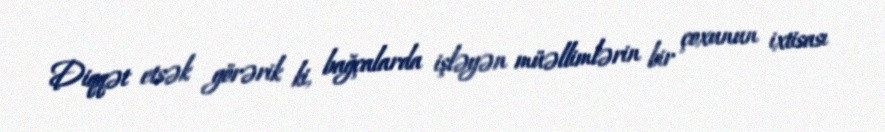
Diqqət etsək görərik ki, bağçalarda işləyən müəllimlərin bir çoxunun ixtisası